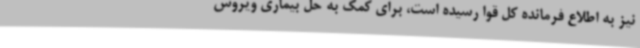
نیز به اطلاع فرمانده کل قوا رسیده است، برای کمک به حل بیماری ویروس